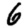
Digit: 6